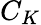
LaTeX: C_{K}